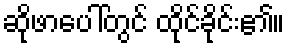
ဆိုဖာပေါ်တွင် ထိုင်ခိုင်း၏။